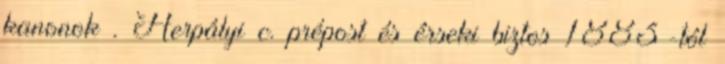
kanonok . Herpályi c. prépost és érseki biztos 1883-tól